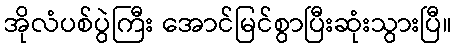
အိုလံပစ်ပွဲကြီး အောင်မြင်စွာပြီးဆုံးသွားပြီ။